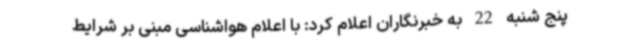
پنج شنبه 22 به خبرنگاران اعلام کرد: با اعلام هواشناسی مبنی بر شرایط